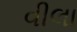
વીલા